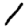
Digit: 1